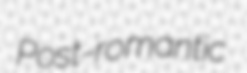
Post-romantic